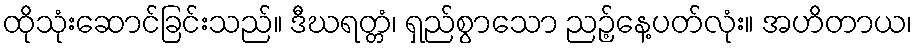
ထိုသုံးဆောင်ခြင်းသည်။ ဒီဃရတ္တံ၊ ရှည်စွာသော ညဉ့်နေ့ပတ်လုံး။ အဟိတာယ၊